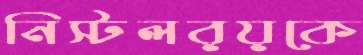
নিস্টলরয়কে